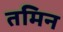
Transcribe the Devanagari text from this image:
तमिन